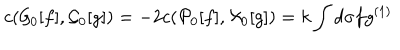
LaTeX: c ( { \cal G } _ { 0 } [ f ] , { \cal G } _ { 0 } [ g ] ) = - 2 c ( { \cal P } _ { 0 } [ f ] , { \cal X } _ { 0 } [ g ] ) = k \int d \sigma f g ^ { ( 1 ) }